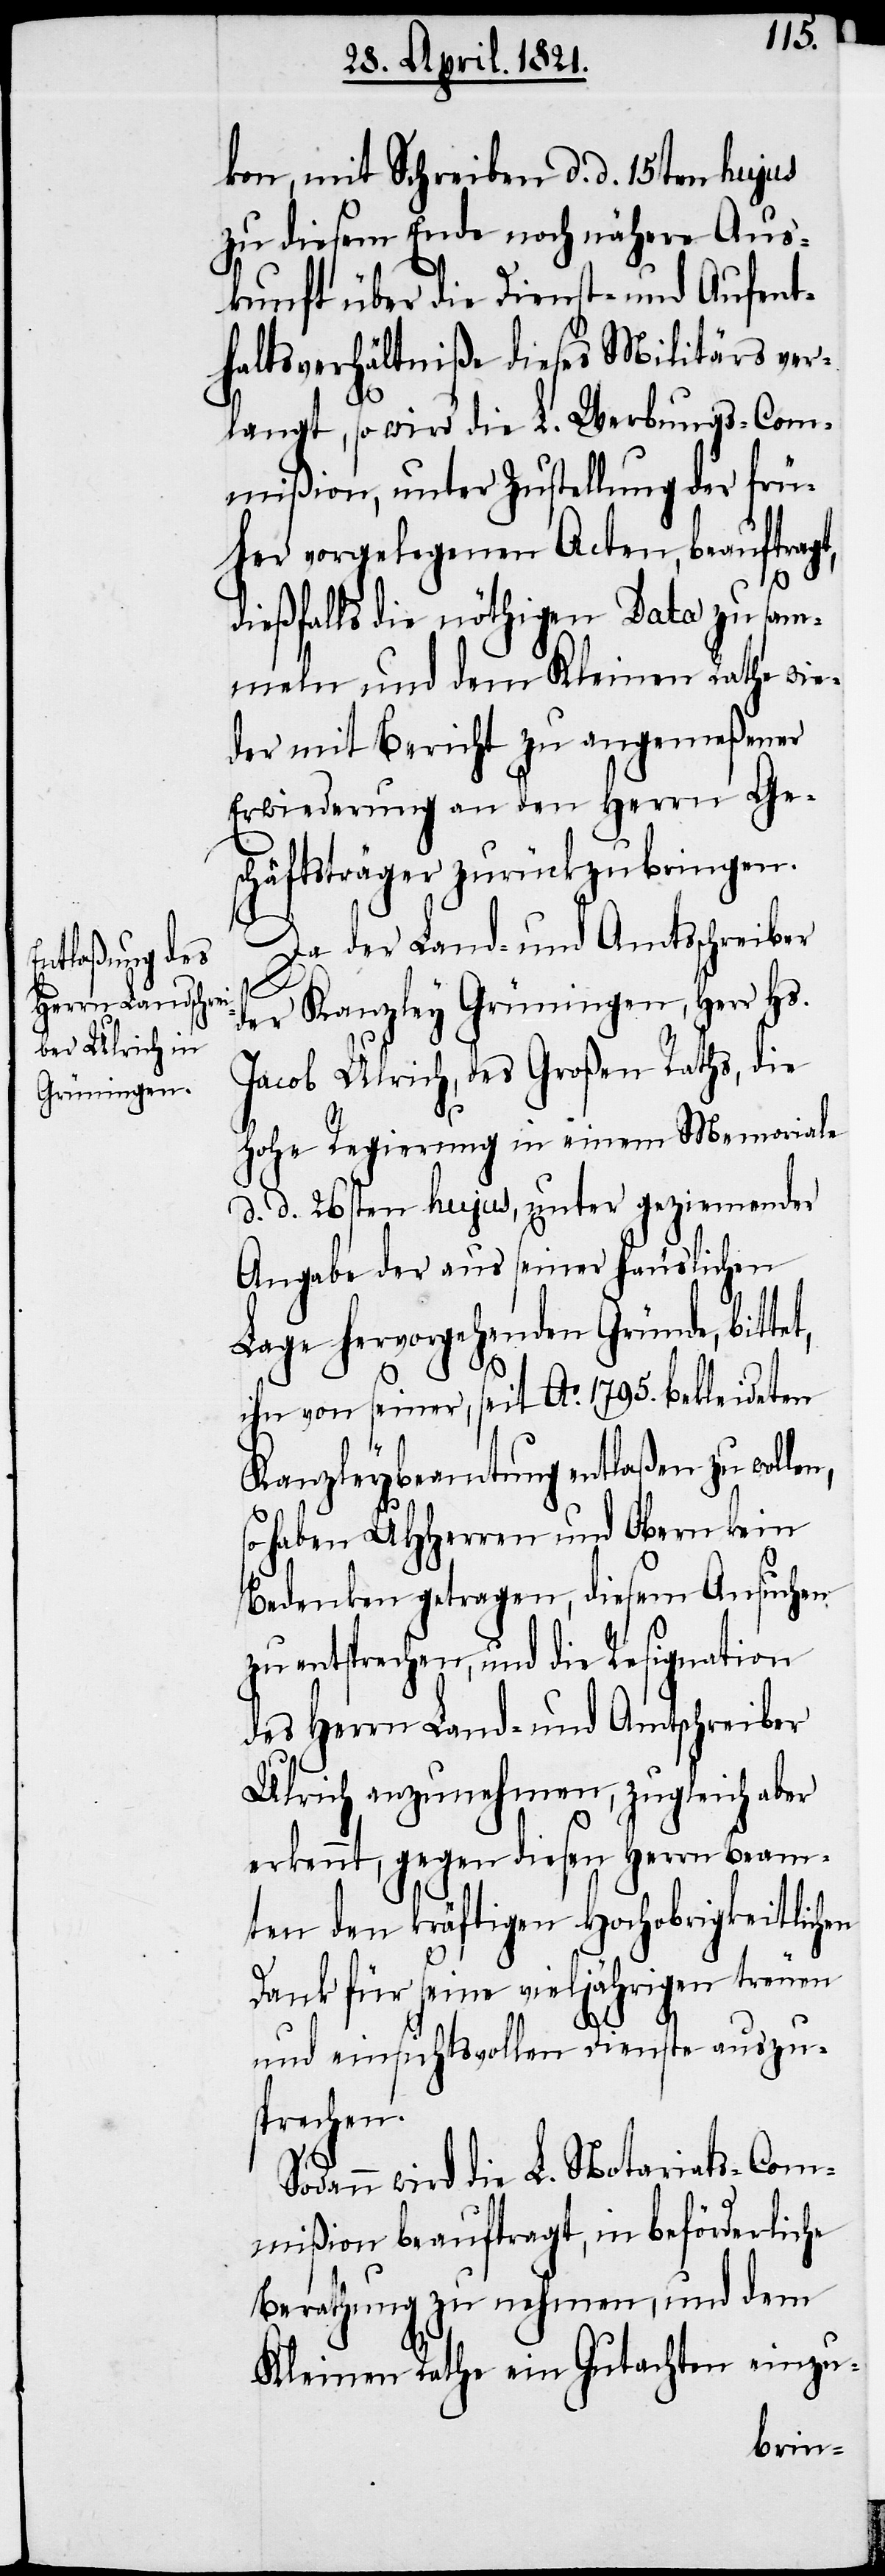
tet,
kon, mit Schreiben d. d. 15ten hujus
zu diesem Ende noch nähere Aus¬
kunft über die Dienst- und Aufent¬
haltsverhältniße dieses Militärs ver¬
langt, so wird die L. Werbungs-Com¬
mißion, unter Zustellung der frü¬
her vorgelegenen Acten, beauftragt,
dießfalls die nötigen Data zu sam¬
meln und dem Kleinen Rathe wie¬
der mit Bericht zu angemeßener
Erwiederung an den Herrn Ge¬
schäftsträger zurückzubringen.
Da der Land- und Amtsschreiber
der Kanzley Grüningen, Herr Hs.
Jacob Ulrich, des Großen Raths, die
hohe Regierung in einem Memoriale
d. d. 26sten hujus, unter geziemender
Angabe der aus seiner häuslichen
Lage hervorgehenden Gründe, bit¬
ihn von seiner, seit Ao. 1795. bekleideten
Kanzleybeamtung entlaßen zu wollen,
so haben UHHerren und Obern kein
Bedenken getragen, diesem Ansuchen
zu entsprechen, und die Resignation
des Herrn Land- und Amtsschreiber
Ulrich anzunehmen, zugleich aber
erkennt, gegen diesen Herrn Beam¬
ten den kräftigen Hochobrigkeitlichen
Dank für seine vieljährigen treuen
und einsichtsvollen Dienste auszu¬
sprechen.
Sodann wird die L. Notariats-Com¬
mißion beauftragt, in beförderliche
Berathung zu nehmen, und dem
Kleine Rathe ein Gutachten einzu-